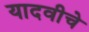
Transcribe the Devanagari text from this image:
यादवीचे